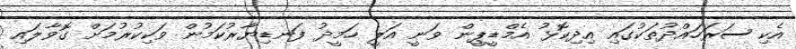
އެކި ސަރަހައްދުތަކުގައި އިދިކޮޅު އެމްޑީޕީން ވަނީ އަލީ ހަމީދު ފަނޑިޔާރުކަމުން ވަކިކުރުމަށް ގޮވާލައި